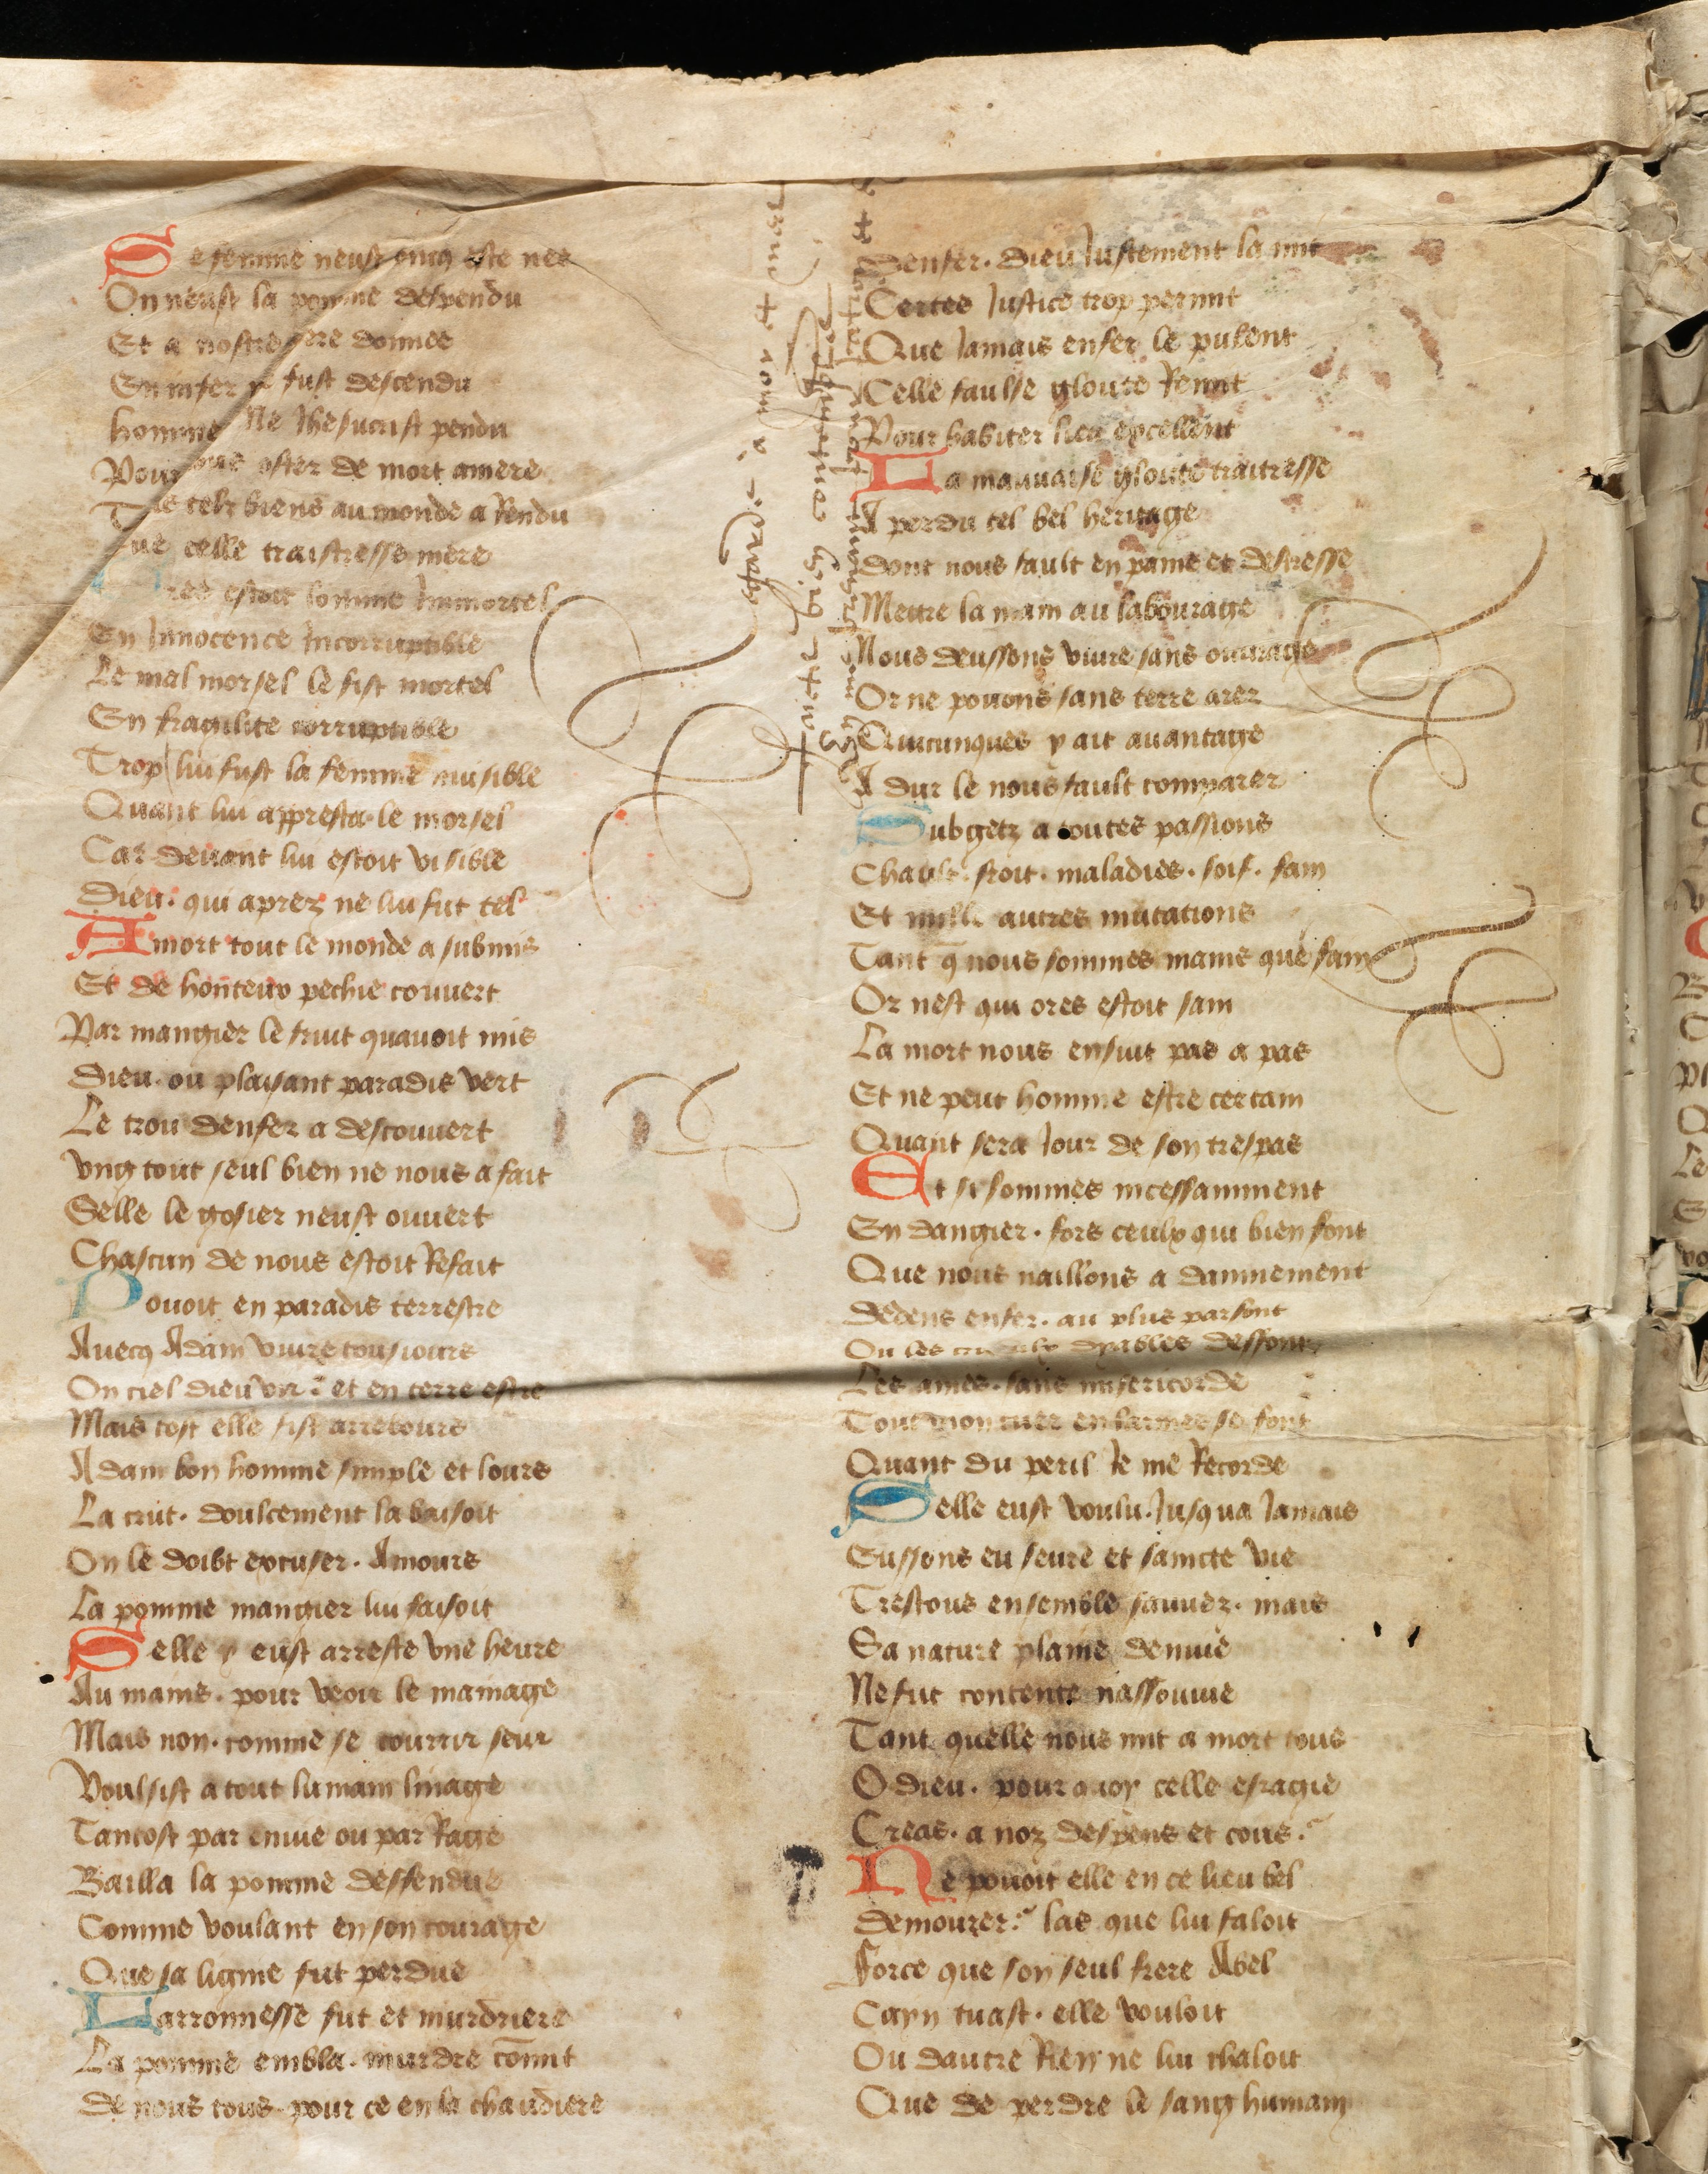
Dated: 1442–1480